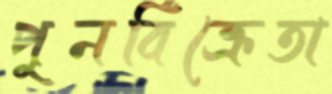
পুনর্বিক্রেতা